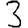
Digit: 3